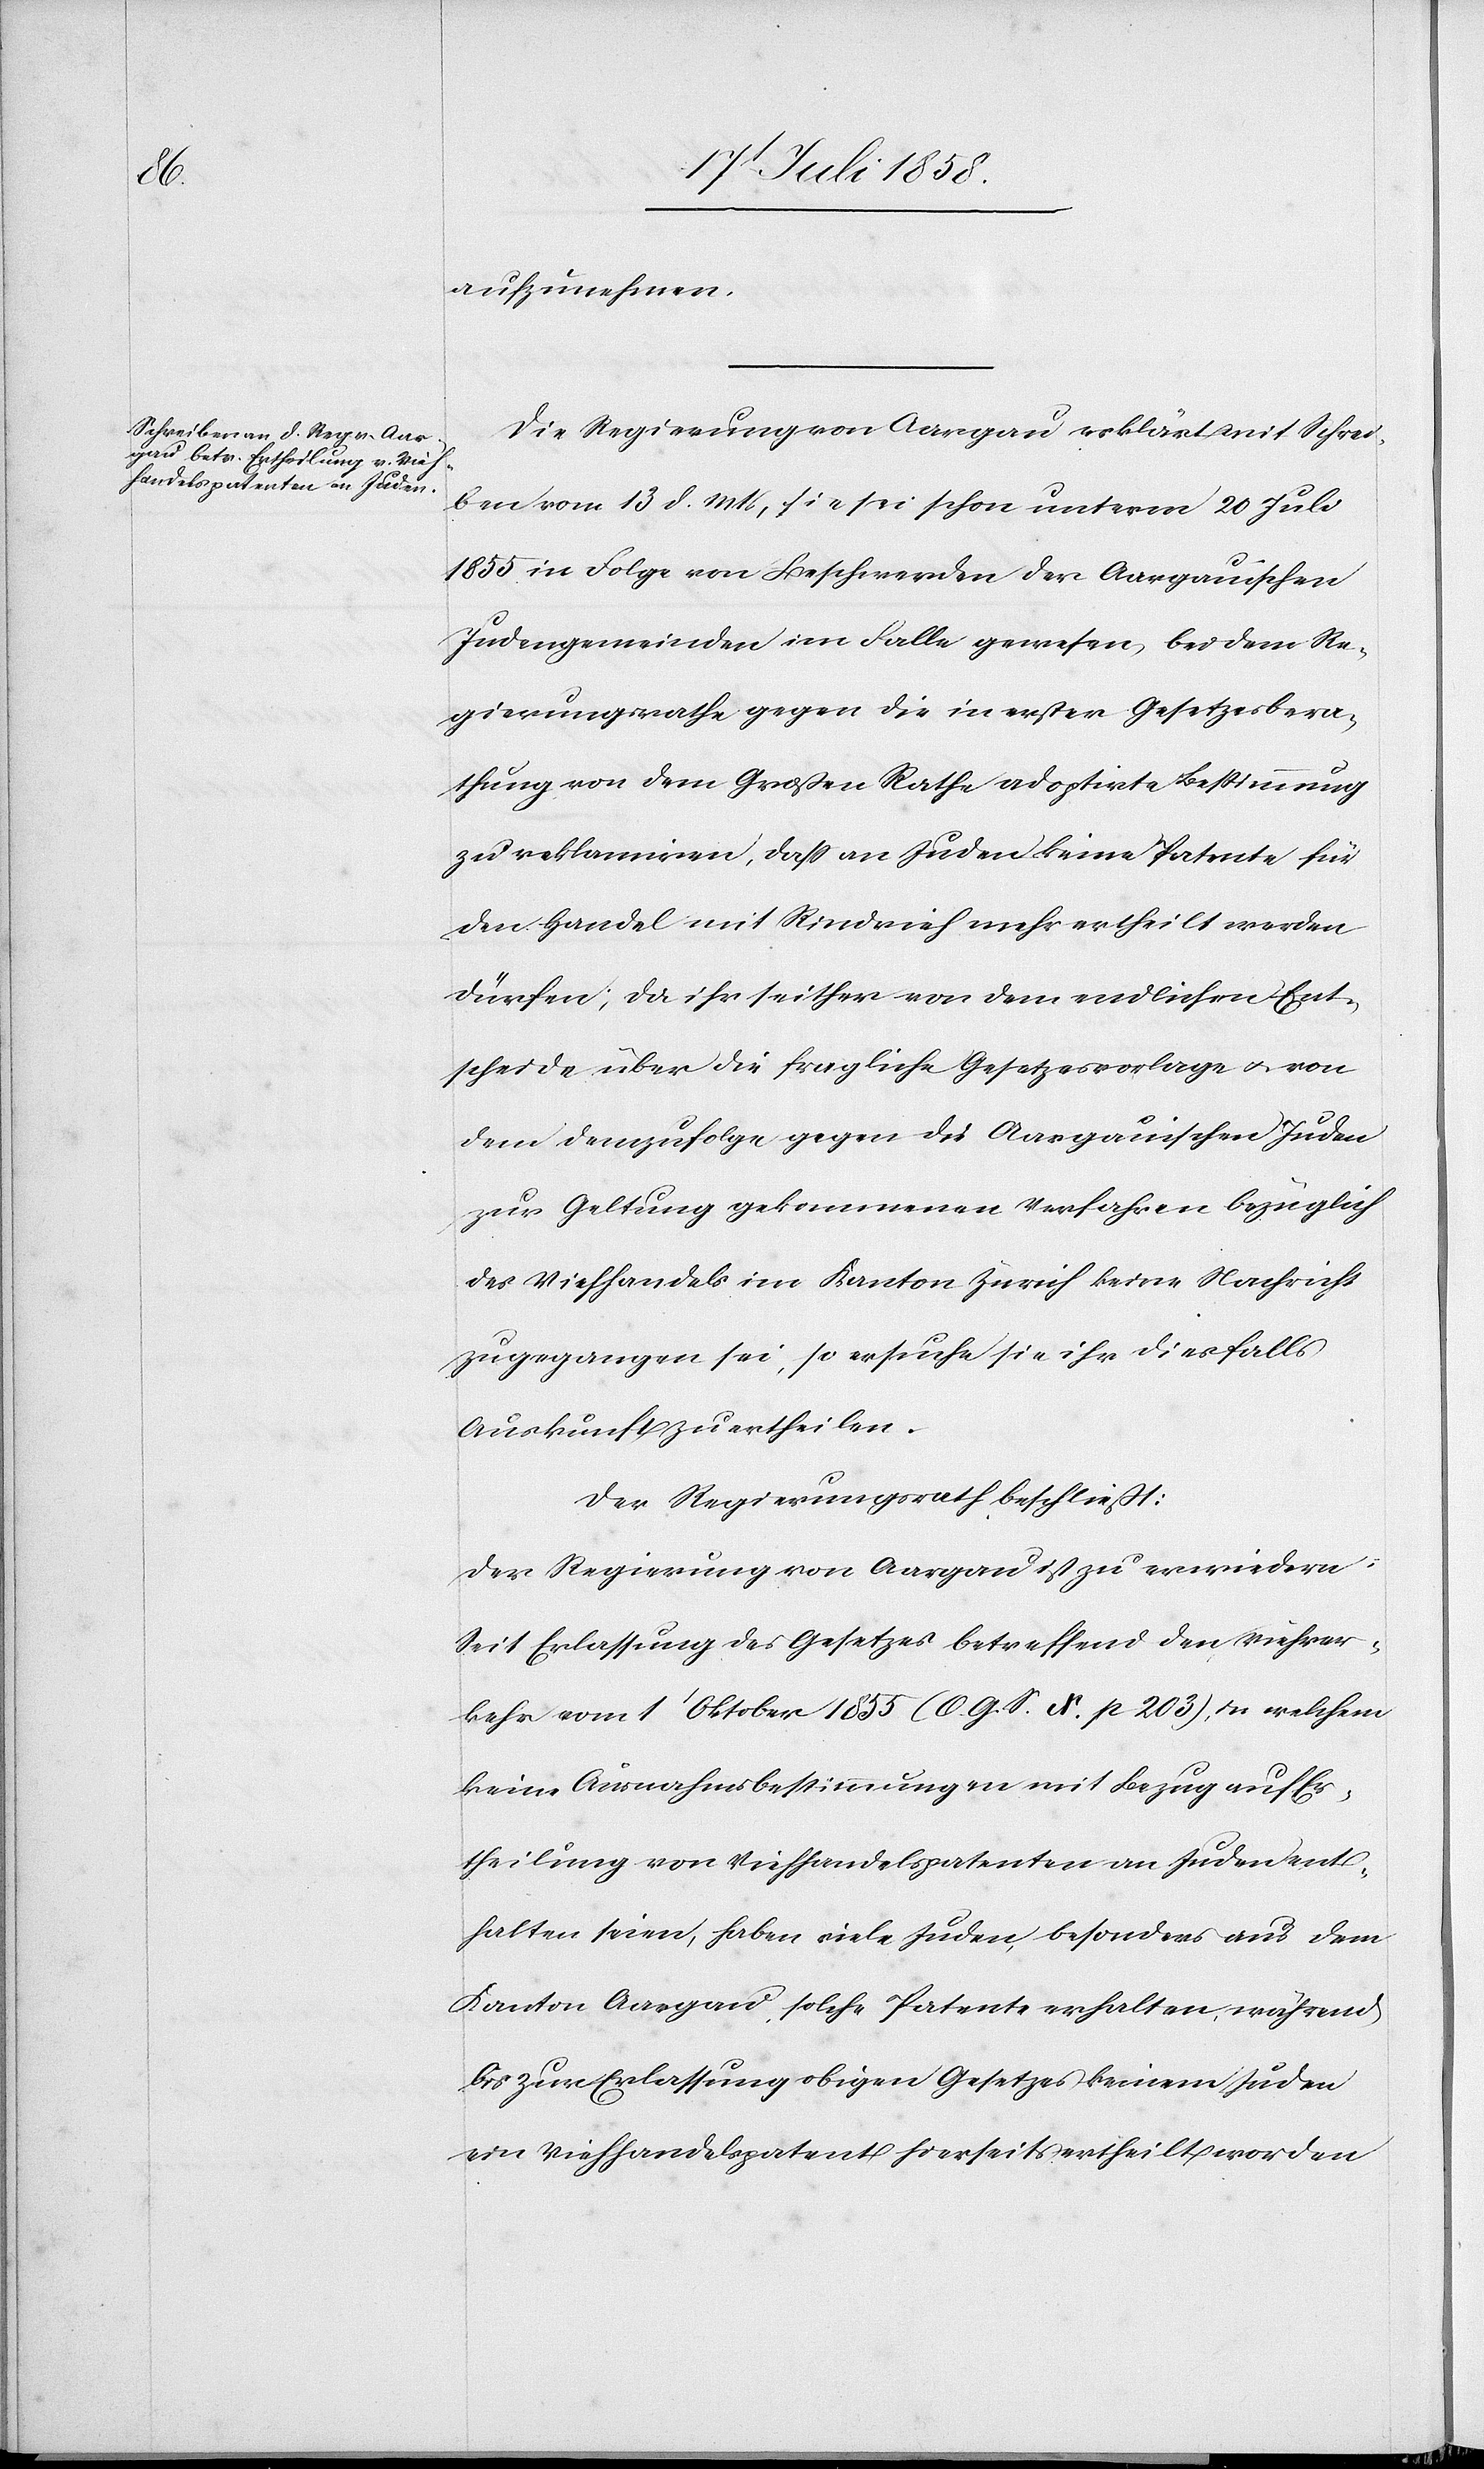
aufzunehmen.
Die Regierung von Aargau erklärt mit Schrei¬
ben vom 13 d. Mts, sie sei schon unterm 20 Juli
1855 in Folge von Beschwerden der Aargauischen
Judengemeinden im Falle gewesen, bei dem Re¬
gierungsrathe gegen die in erster Gesetzesbera¬
thung von dem Großen Rathe adoptirte Bestimmung
zu reklamiren, dass an Juden keine Patente für
den Handel mit Rindvieh mehr ertheilt werden
dürfen; da ihr seither von dem endlichen Ent¬
scheide über die fragliche Gesetzesvorlage & von
dem demzufolge gegen die Aargauischen Juden
zur Geltung gekommenen Verfahren bezüglich
des Viehhandels im Kanton Zürich keine Nachricht
zugegangen sei, so ersuche sie ihr diesfalls
Auskunft zu ertheilen.
Der Regierungsrath beschließt:
Der Regierung von Aargau ist zu erwiedern:
Seit Erlassung des Gesetzes betreffend den Viehver¬
kehr vom 1t Oktober 1855 (O. G. S. X p. 203), in welchem
keine Ausnahmsbestimmungen mit Bezug auf Er¬
theilung von Viehhandelspatenten an Juden ent¬
halten seien, haben viele Juden, besonders aus dem
Kanton Aargau, solche Patente erhalten, während
bis zur Erlassung obigen Gesetzes keinem Juden
ein Viehhandelspatent hierseits ertheilt worden